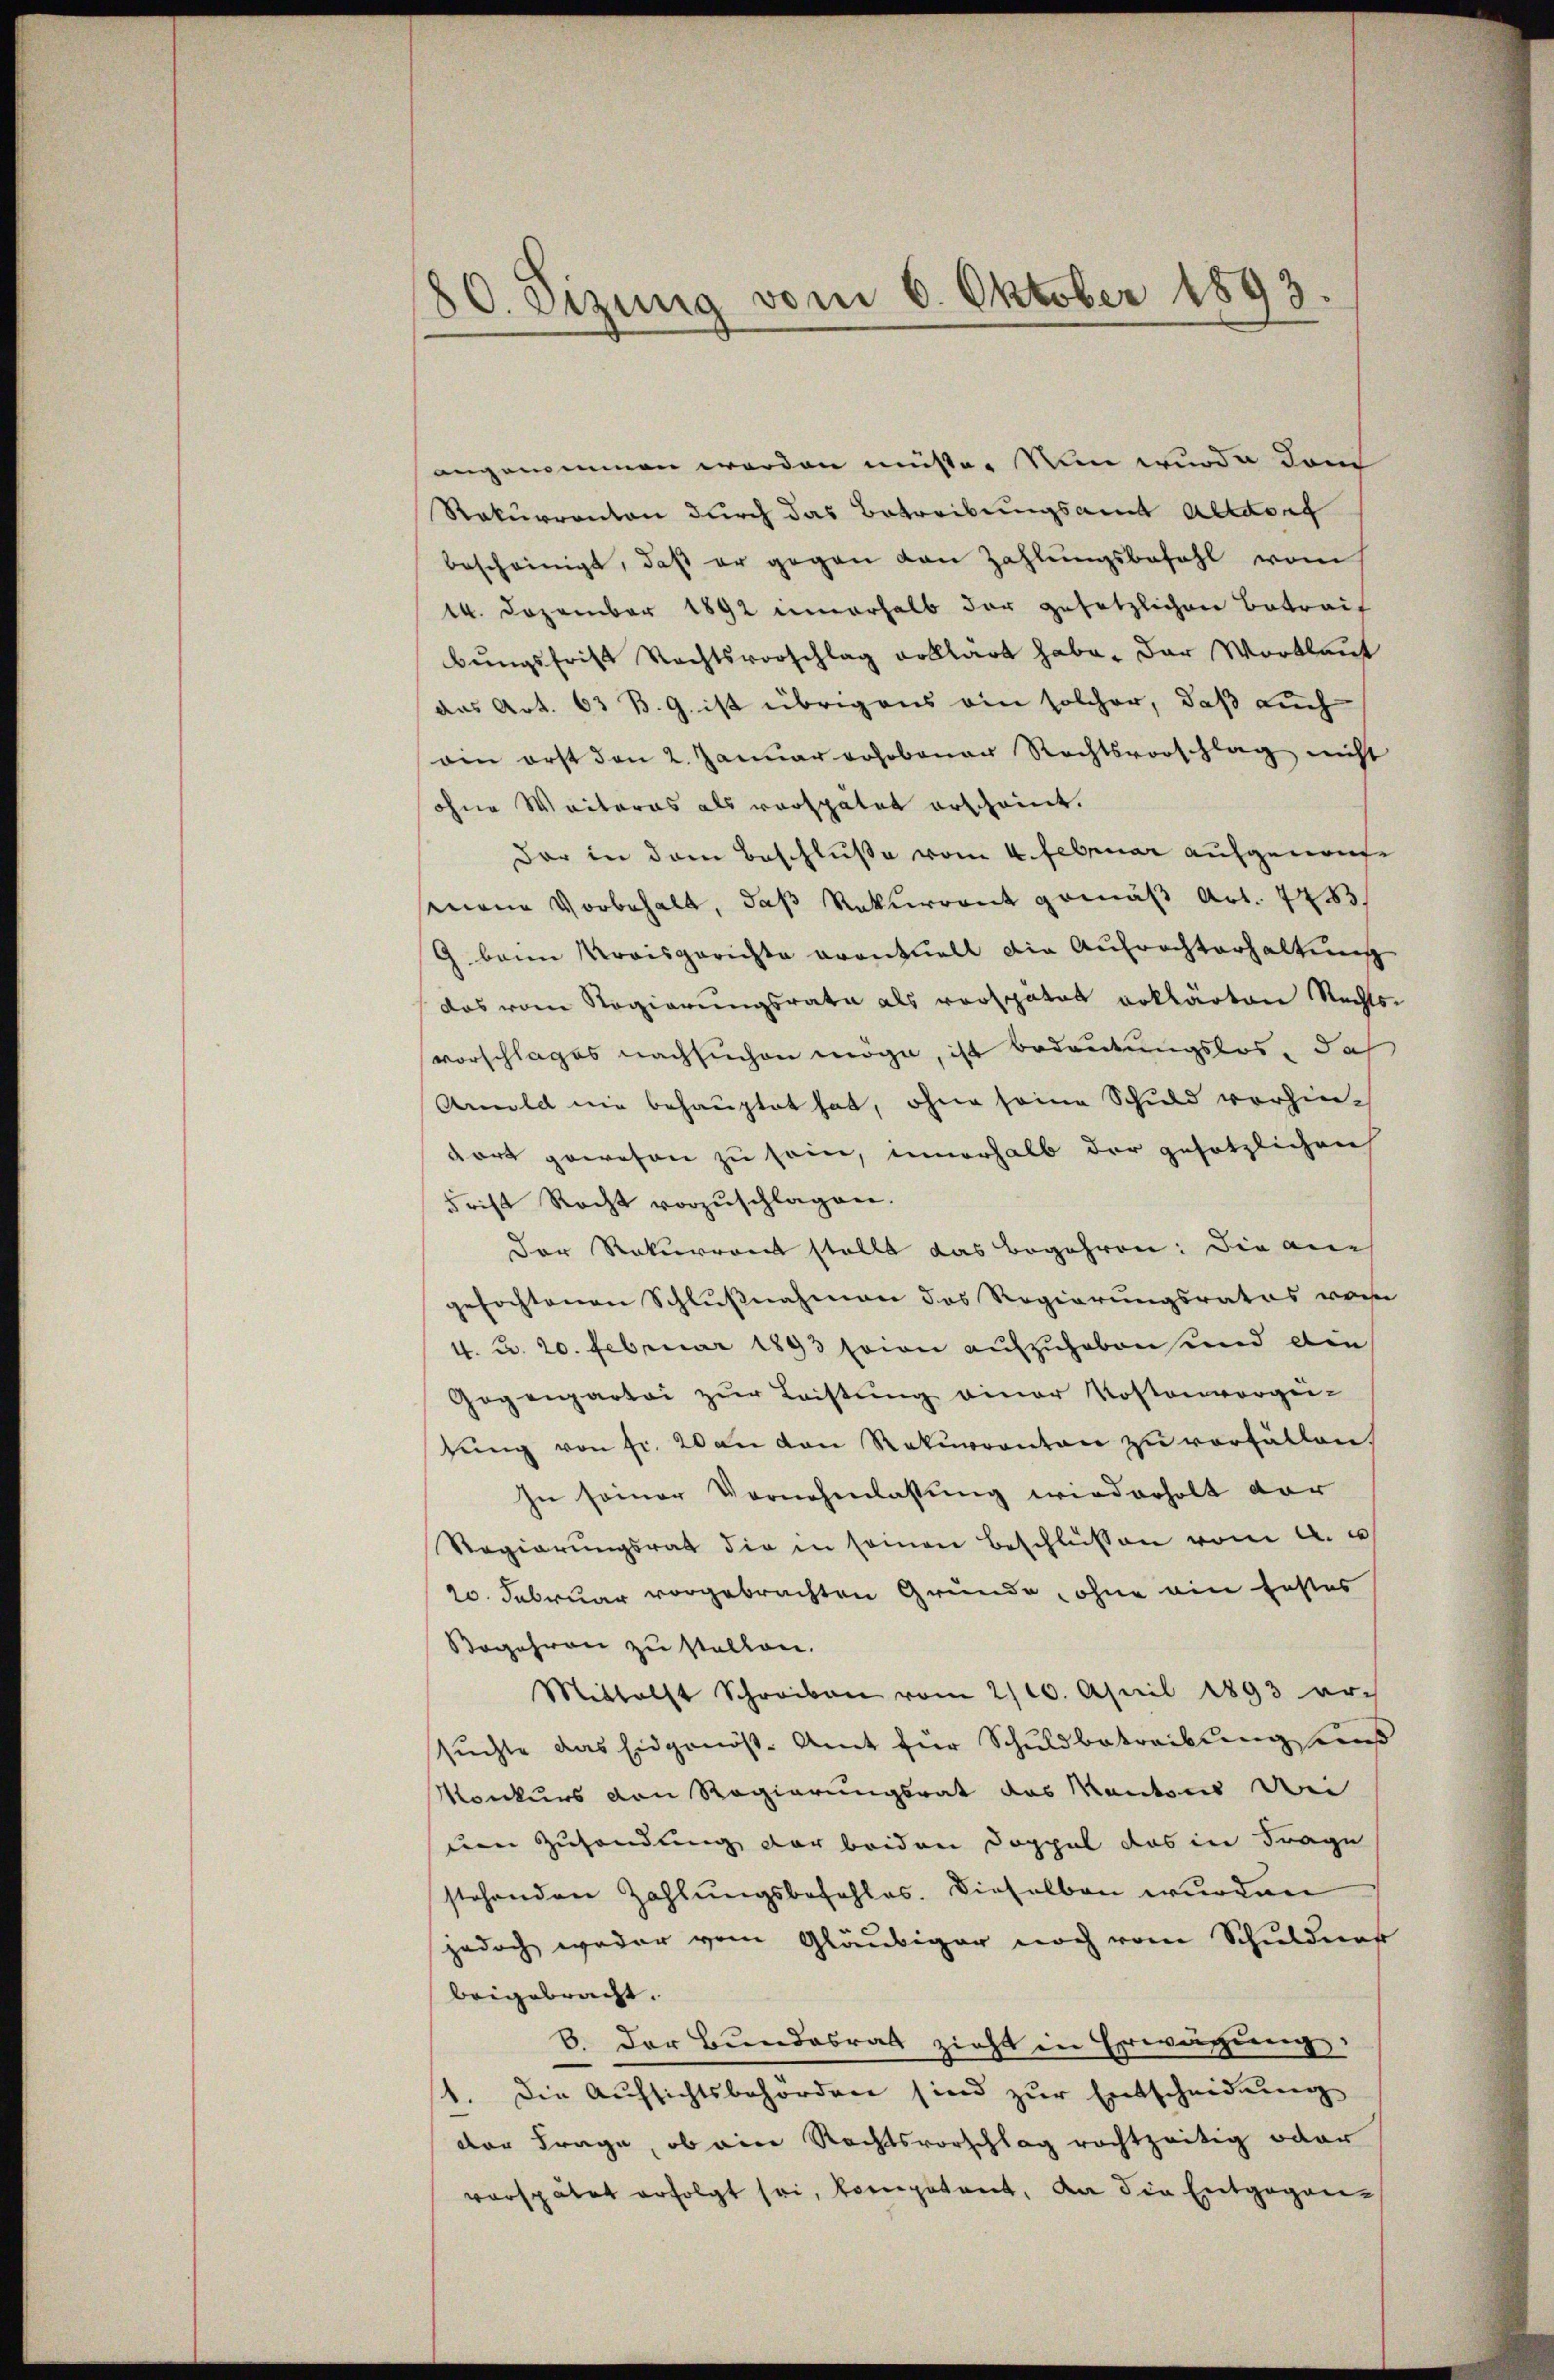
80. Sizung vom 6. Oktober 1893.

angenommen worden müsse. Nun wurde dan
Rekurrenton durch das Betreibungsamt Altdorf
bescheinigt, daß er gegen van Zahlungsbefehl vom
14. Dezember 1892 innerhalb der gesetzlichen Betrach
bungsfrist Rechtsvorschlag volllärt habe. Das Wortlaut
das Art. 63 B. G. ist übrigens ein solcher, daß auch
oin erst den 2. Januar Johobauer Rechtsvorschlag nicht
ohne Weiteres als verspätet erscheint.
dar in dem Beschluße vom 4. Februar aufgenomsenene Vorbehalt, daß Rekurrent gemäß Art. 483.
G. beim Kreisgerichte eventuell die Aufrechterhaltung
das vom Regierungsrate als verspätet erklärten Rechts-
vorschlages nachsuchen möge, ist bedeutungslos, das
Amold nie behauptet hat, ohne seine Schuld vorhindort gewesen zu sein, innerhalb der gesetzlichen
Frist Recht vorzŭschlagen.
Der Rekurront stellt das Begehren: Die am
gefochtenen Schlußnahmen das Regierungsrates vom
4. u. 20. Februar 1893 sein aufzuheben und ain
Gegenpartei zur Leistung einer Kostenvorgei-
tŭng von fr. 20 an den Rekurrenten zu verfällen,
In seiner Vernehmlassung wiederholt vor
Regierŭngsrat die in seinen Beschlüssen vom A. u
20. Februar vorgebrachten Gründe, ohne ein festes
Begehren zu stellen.
Mittelst Schreiben vom 2/10. April 1893 arch
suchte das Eidgenöst-Amt für Schuldbetreibung aus
Monkurs von Regierungsrat das Kantons Bei
uen Zusendung der beiden Doppel das in Frage
stehenden Zahlungsbefehles. Dieselben wurden
jedoch weder vom Gläubiger noch vom Schuldner
beigebracht.
6. Der Bundesrat zieht in Erwächung
1. Die Aufsichtsbehörden sind zur Entscheidung
der Frage, ob ein Rechtsvorschlag rechtzeitig oder
verspätet erfolgt sei, kompetent, an die Entgegen-